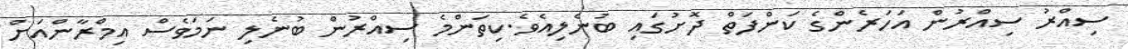
ސިއްރު ސިއްރުން އަހަރެންގެ ކަންފަތް ދޮށުގައި ބުނެލިއެވެ.ކިތަންމެ ސިއްރުން ބުނެލި ނަމަވެސް އިމްރާންއަށް